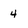
Character: 4